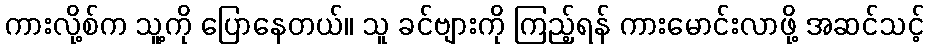
ကားလို့စ်က သူ့ကို ပြောနေတယ်။ သူ ခင်ဗျားကို ကြည့်ရန် ကားမောင်းလာဖို့ အဆင်သင့်